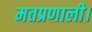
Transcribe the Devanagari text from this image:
मतप्रणाली।